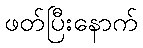
ဖတ်ပြီးနောက်